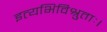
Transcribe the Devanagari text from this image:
इत्यभिविश्रुताः।